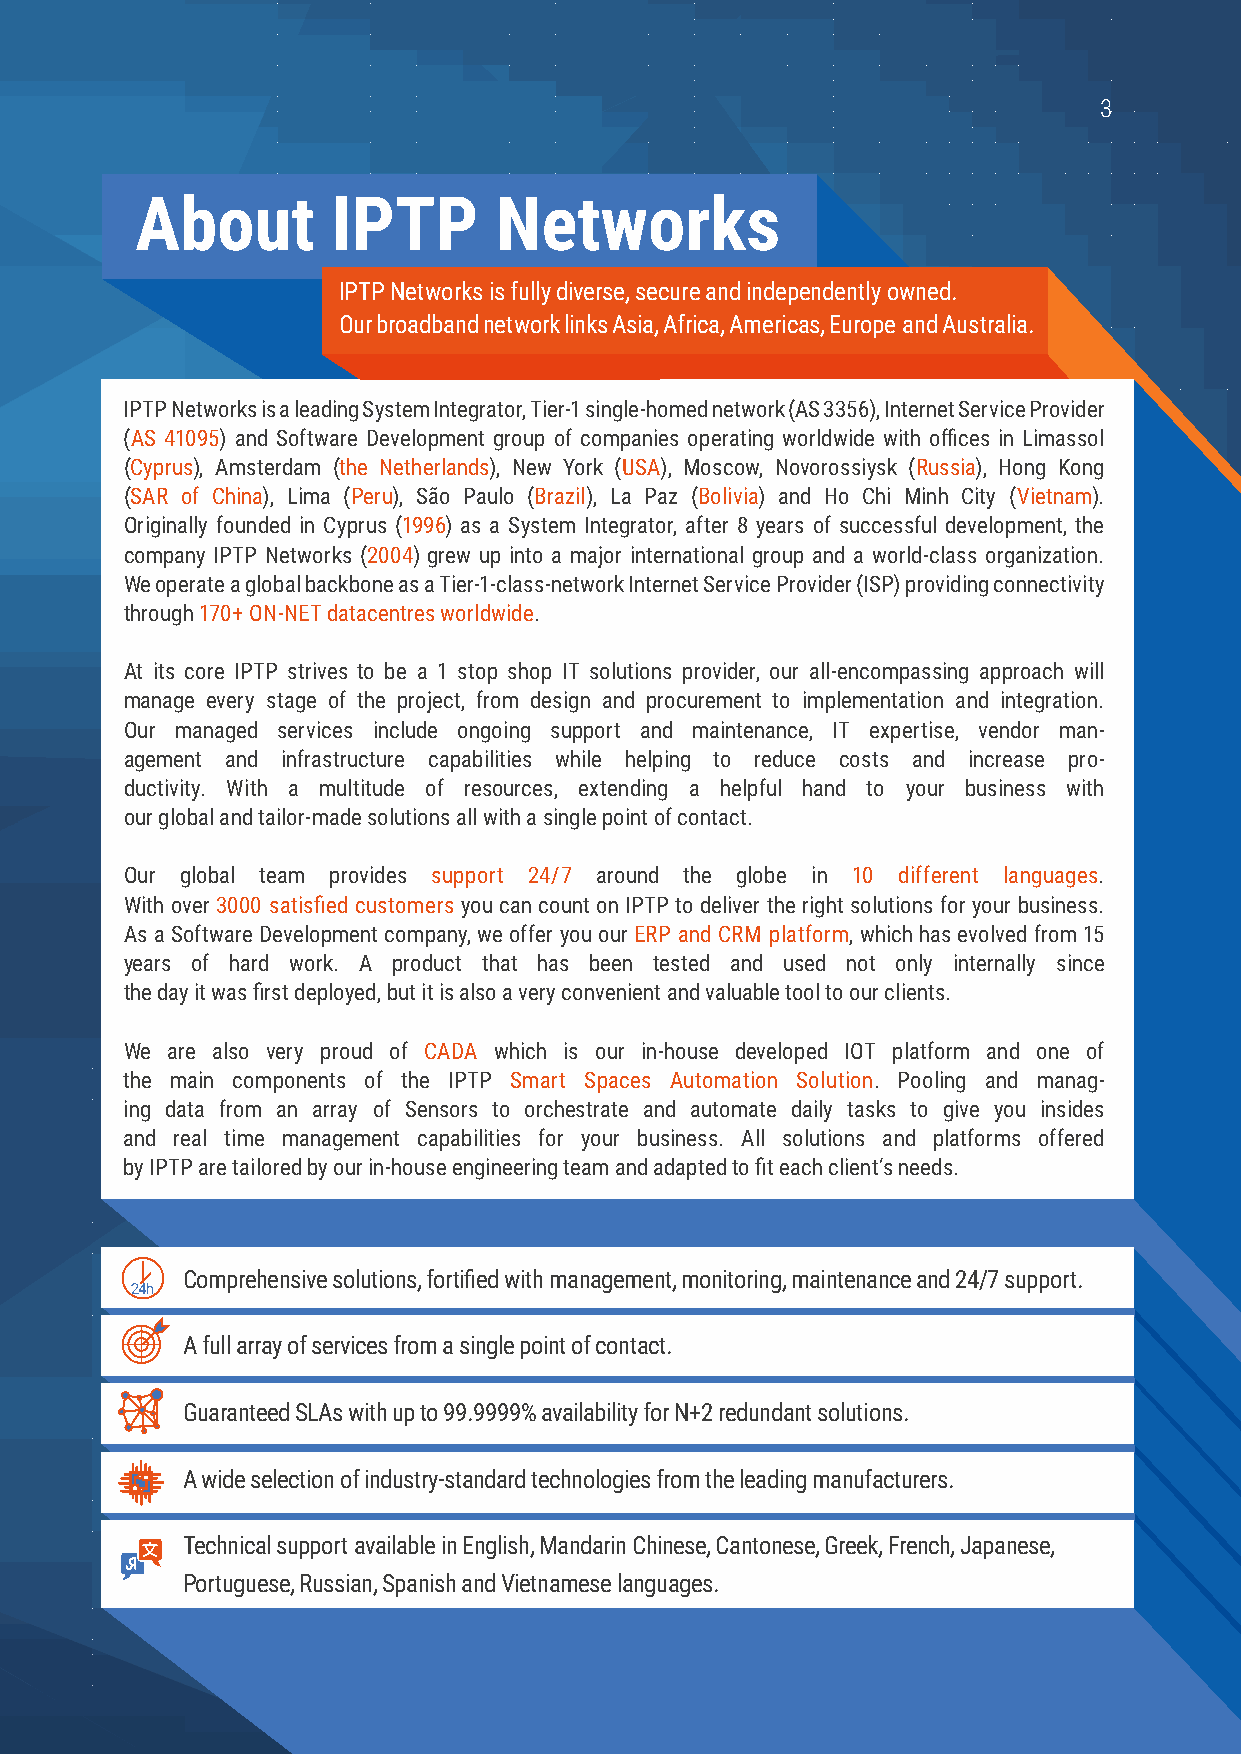
3   3
 About        IPTP       Networks
 IPTP Networks is fully diverse, secure and independently owned.
 Our broadband network links Asia, Africa, Americas, Europe and Australia.
 IPTP Networks is a leading System Integrator, Tier-1 single-homed network (AS 3356), Internet Service Provider
 (AS 41095) and Software Development group of companies operating worldwide with offices in Limassol
 (Cyprus), Amsterdam (the Netherlands), New York (USA), Moscow, Novorossiysk (Russia), Hong Kong
 (SAR of China), Lima (Peru), São Paulo (Brazil), La Paz (Bolivia) and Ho Chi Minh City (Vietnam).
 Originally founded in Cyprus (1996) as a System Integrator, after 8 years of successful development, the
 company IPTP Networks (2004) grew up into a major international group and a world-class organization.
 We operate a global backbone as a Tier-1-class-network Internet Service Provider (ISP) providing connectivity
 through 170+ ON-NET datacentres worldwide.
 At its core IPTP strives to be a 1 stop shop IT solutions provider, our all-encompassing approach will
 manage every stage of the project, from design and procurement to implementation and integration.
 Our managed services include ongoing support and maintenance, IT expertise, vendor man-
 agement and infrastructure capabilities while helping to reduce costs and increase pro-
 ductivity. With a multitude of resources, extending a helpful hand to your business with
 our global and tailor-made solutions all with a single point of contact.
 Our global team provides support 24/7 around the globe in 10 different languages.
 With over 3000 satisfied customers you can count on IPTP to deliver the right solutions for your business.
 As a Software Development company, we offer you our ERP and CRM platform, which has evolved from 15
 years of hard work. A product that has been tested and used not only internally since
 the day it was first deployed, but it is also a very convenient and valuable tool to our clients.
 We are also very proud of CADA which is our in-house developed IOT platform and one of
 the main components of the IPTP Smart Spaces Automation Solution. Pooling and manag-
 ing data from an array of Sensors to orchestrate and automate daily tasks to give you insides
 and real time management capabilities for your business. All solutions and platforms offered
 by IPTP are tailored by our in-house engineering team and adapted to fit each client’s needs.
 Comprehensive solutions, fortified with management, monitoring, maintenance and 24/7 support.
 A full array of services from a single point of contact.
 Guaranteed SLAs with up to 99.9999% availability for N+2 redundant solutions.
 A wide selection of industry-standard technologies from the leading manufacturers.
 Technical support available in English, Mandarin Chinese, Cantonese, Greek, French, Japanese,
 Portuguese, Russian, Spanish and Vietnamese languages.
 www.iptp.com